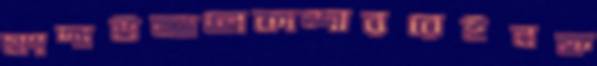
মংদাউআলেকান্দাররেইনফ